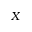
X